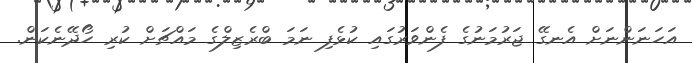
އަހަނަންނަށް އެނގޭ ޖަރުމަނުގެ ފެންވަރުގައި ކުޅެފި ނަމަ ބްރެޒިލްގެ މައްޗަށް ކުރި ހޯދޭނެކަން.